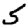
Digit: 5